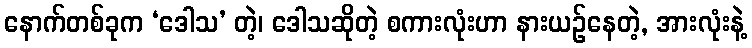
နောက်တစ်ခုက ‘ဒေါသ’ တဲ့၊ ဒေါသဆိုတဲ့ စကားလုံးဟာ နားယဉ်နေတဲ့, အားလုံးနဲ့